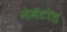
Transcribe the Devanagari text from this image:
नेमॅटोड